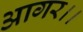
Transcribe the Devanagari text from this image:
आगर।।